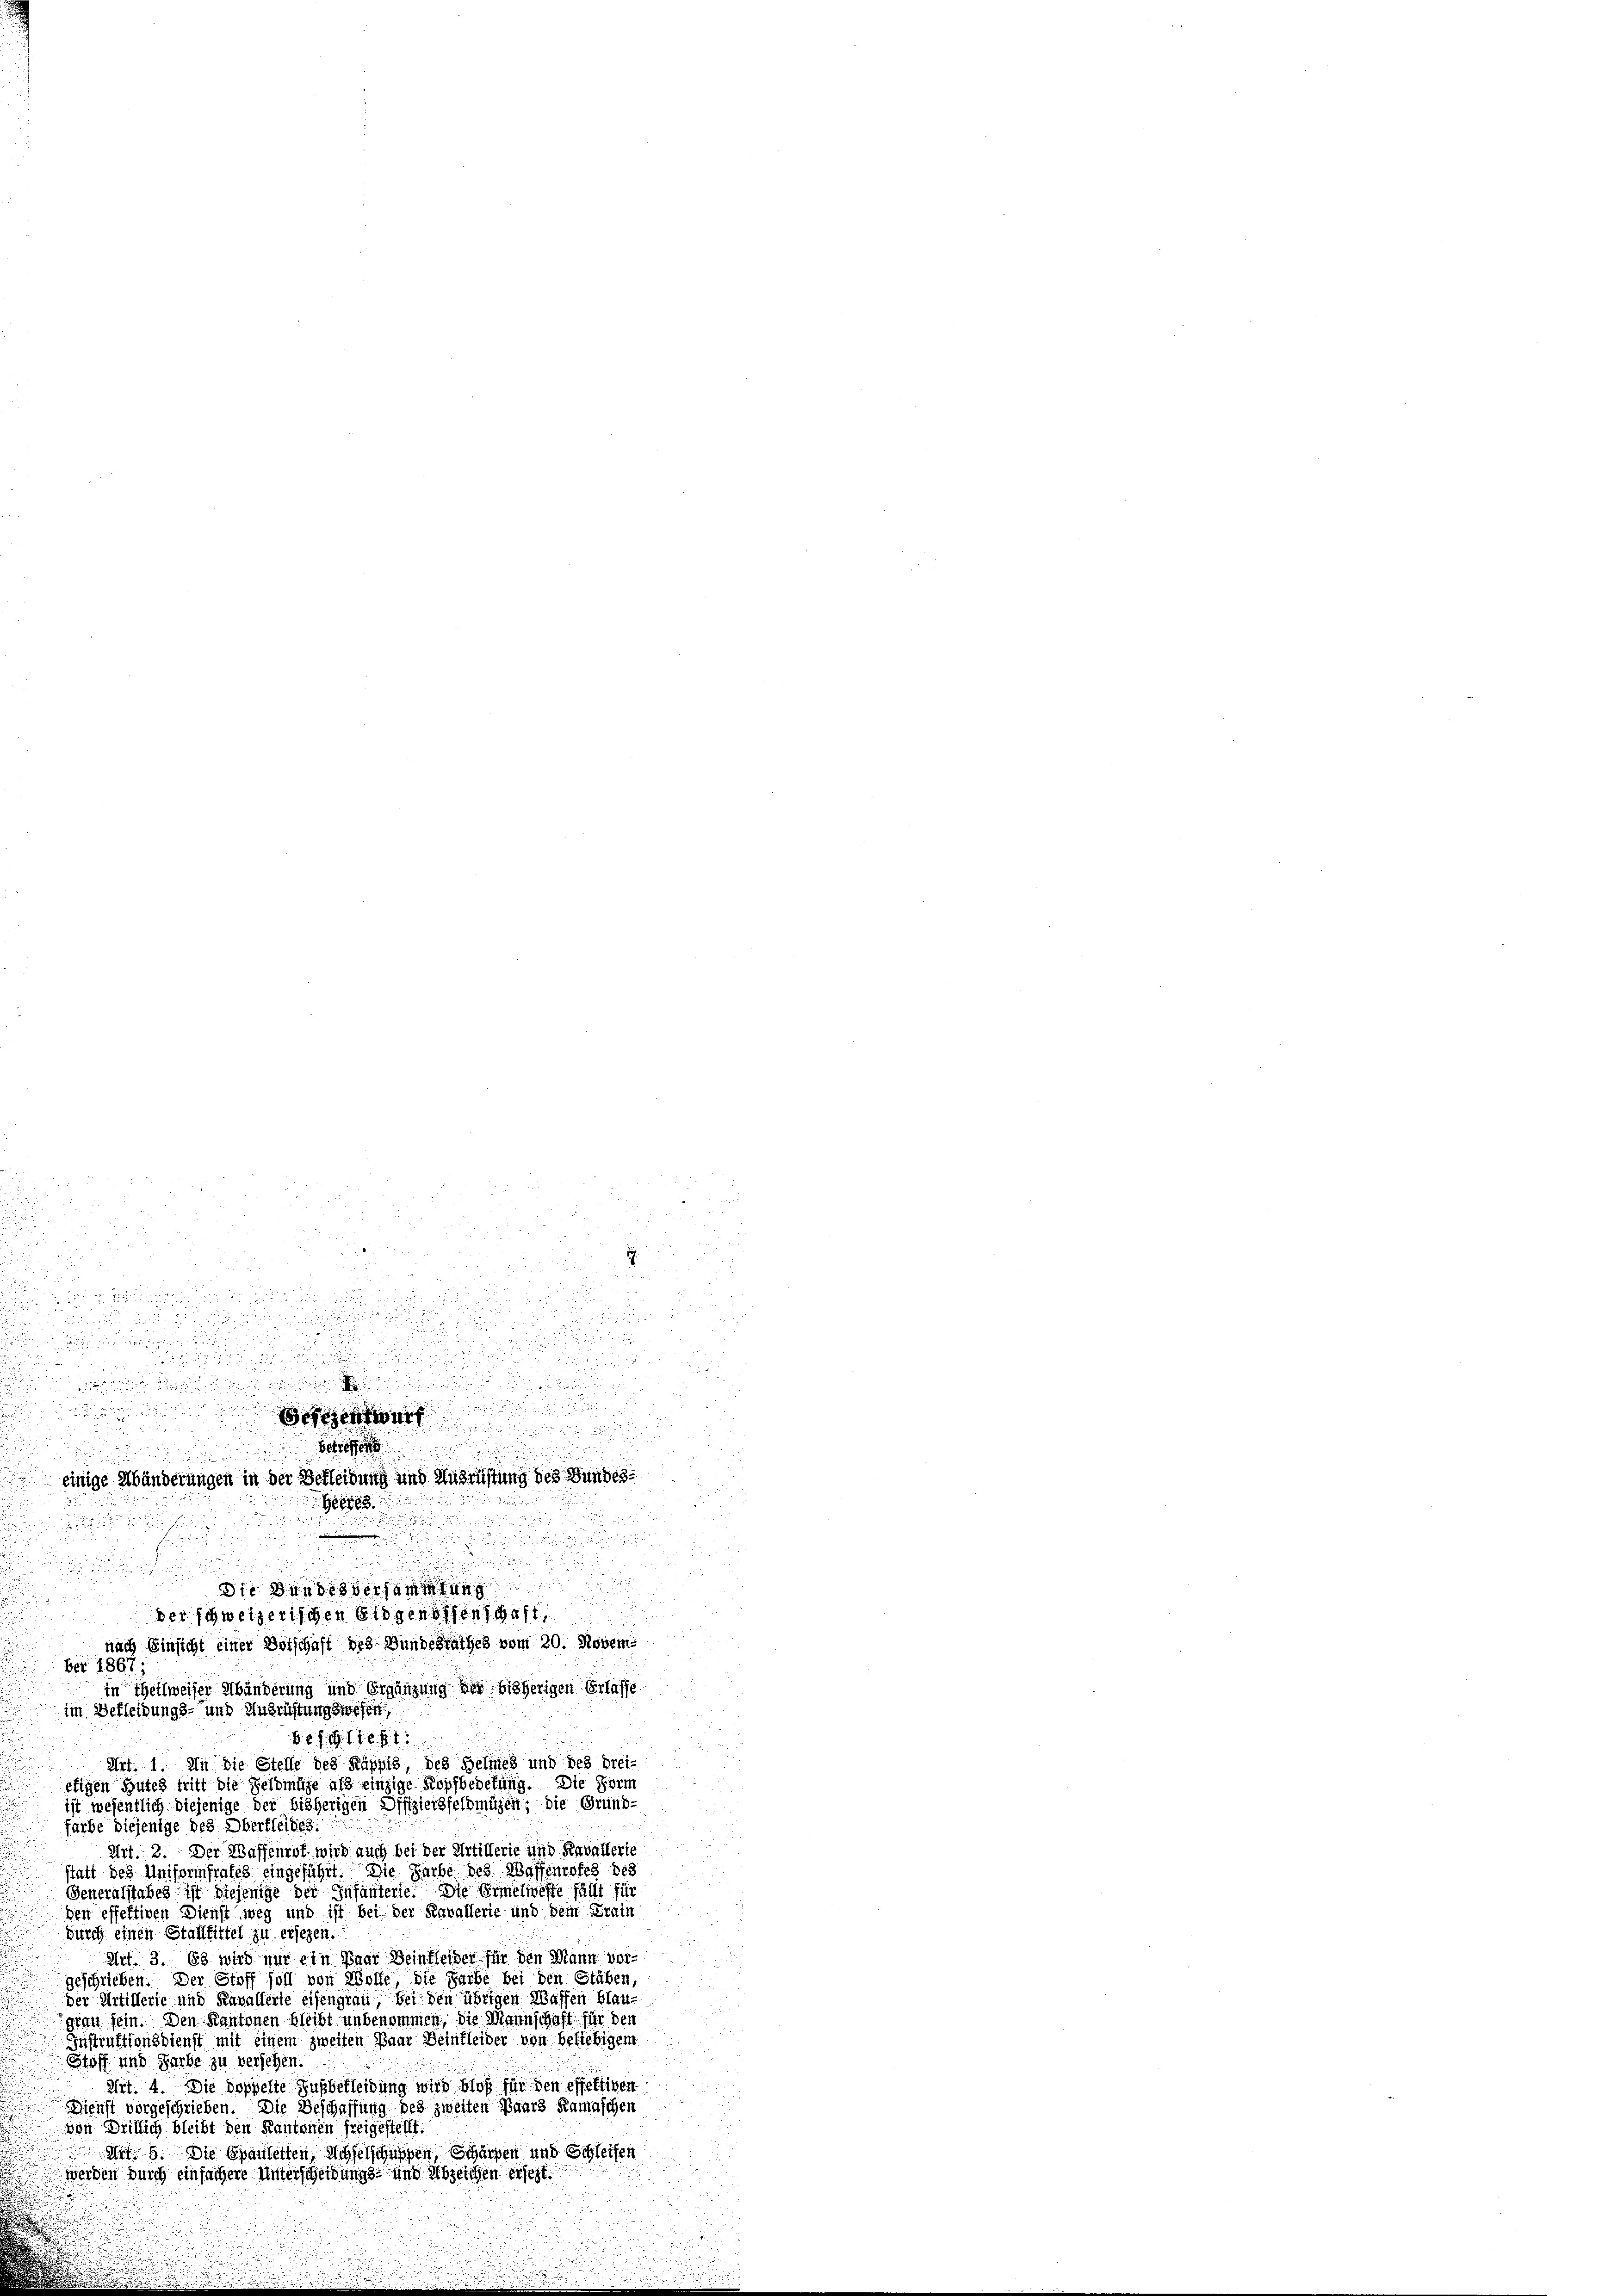
dur

d

d
i

d

e

u
n

a
n
n

2
.

u

2
.

ur

r
 einige Mänderungen in der Berleibung und Ausrüstung des Bundes
Giete
d

hu

.
die Bundes dersammlung

d
d
d
in Theilweiser Abänderung und Ergänzung der bisherigen Erlasse
im Bekleidungs- und Anbrüstungs
n
b. f. 116. 81
Art: 1. An die Stelle des Rüppig, des Belines und des brei-
etigen Gutes tritt die Geldmüge als einzige Kopfbedetung. Die Form
ist wesentlich diejenige der bisherigen Offiziersfeldmügen; die Grund-
farbe diejenige des Oberbleibes.
Art. 2. Der Waffenrot wird auch bei der Artillerie und Kavallerie
statt des Uniformfrates eingeführt. Die Sarbe des Waffenrofes des
Generalstabes ist diejenige der Infanterie. Die Ermelweste fällt für
den effektiven Dienst weg und ist bei der Kavallerie und dem Train
Durch einen Stallbittel zu ersehen.
Art. 3. 63 wird nur ein Paar Beinkleider für den Mann vorgeschrieben. Der Stoff soll von Wolle, die Farbe bei den Stäben,
der Artillerie und Kavallerie eisengrau, bei den übrigen Waffen blaugrau sein. Den Kantonen bleibt unbenommen; die Mannschaft für den
Instruktionsdienst mit einem zweiten Paar Deinfleider von beliebigem
Stoff und Farbe zu versehen.
Mit. 4. Die doppelte Ausbekleidung wird bloß für den effektiven
Dienst vorgeschrieben. Die Beschaffung des zweiten Paars Ramaschen
von Dritlich bleibt den Kantonen freigestellt:
 Art. 6. Die Spauletten, Achselschuppen, Schürfen und Schleifen
.
 werden durch einfachere Unterscheidungs- und Abzeichen erscht.
d
d

ber 1867 :

ud

ber schweizerischen Eidgenossen
nach Einsicht einer Botschaft des Bundesrathes vom 20. Novem

20 x
.
u

i